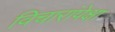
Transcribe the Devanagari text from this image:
विचारांपेक्षा